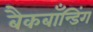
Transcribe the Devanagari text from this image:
बैकबॉंन्डिंग